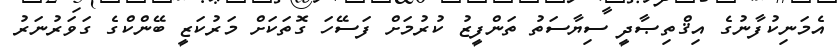
އެމަނިކުފާނުގެ އިޤްތިޞާދީ ސިޔާސަތު ތަންފީޒު ކުރުމަށް ފަސޭހަ ގޮތަކަށް މަރުކަޒީ ބޭންކްގެ ގަވަރުނަރު